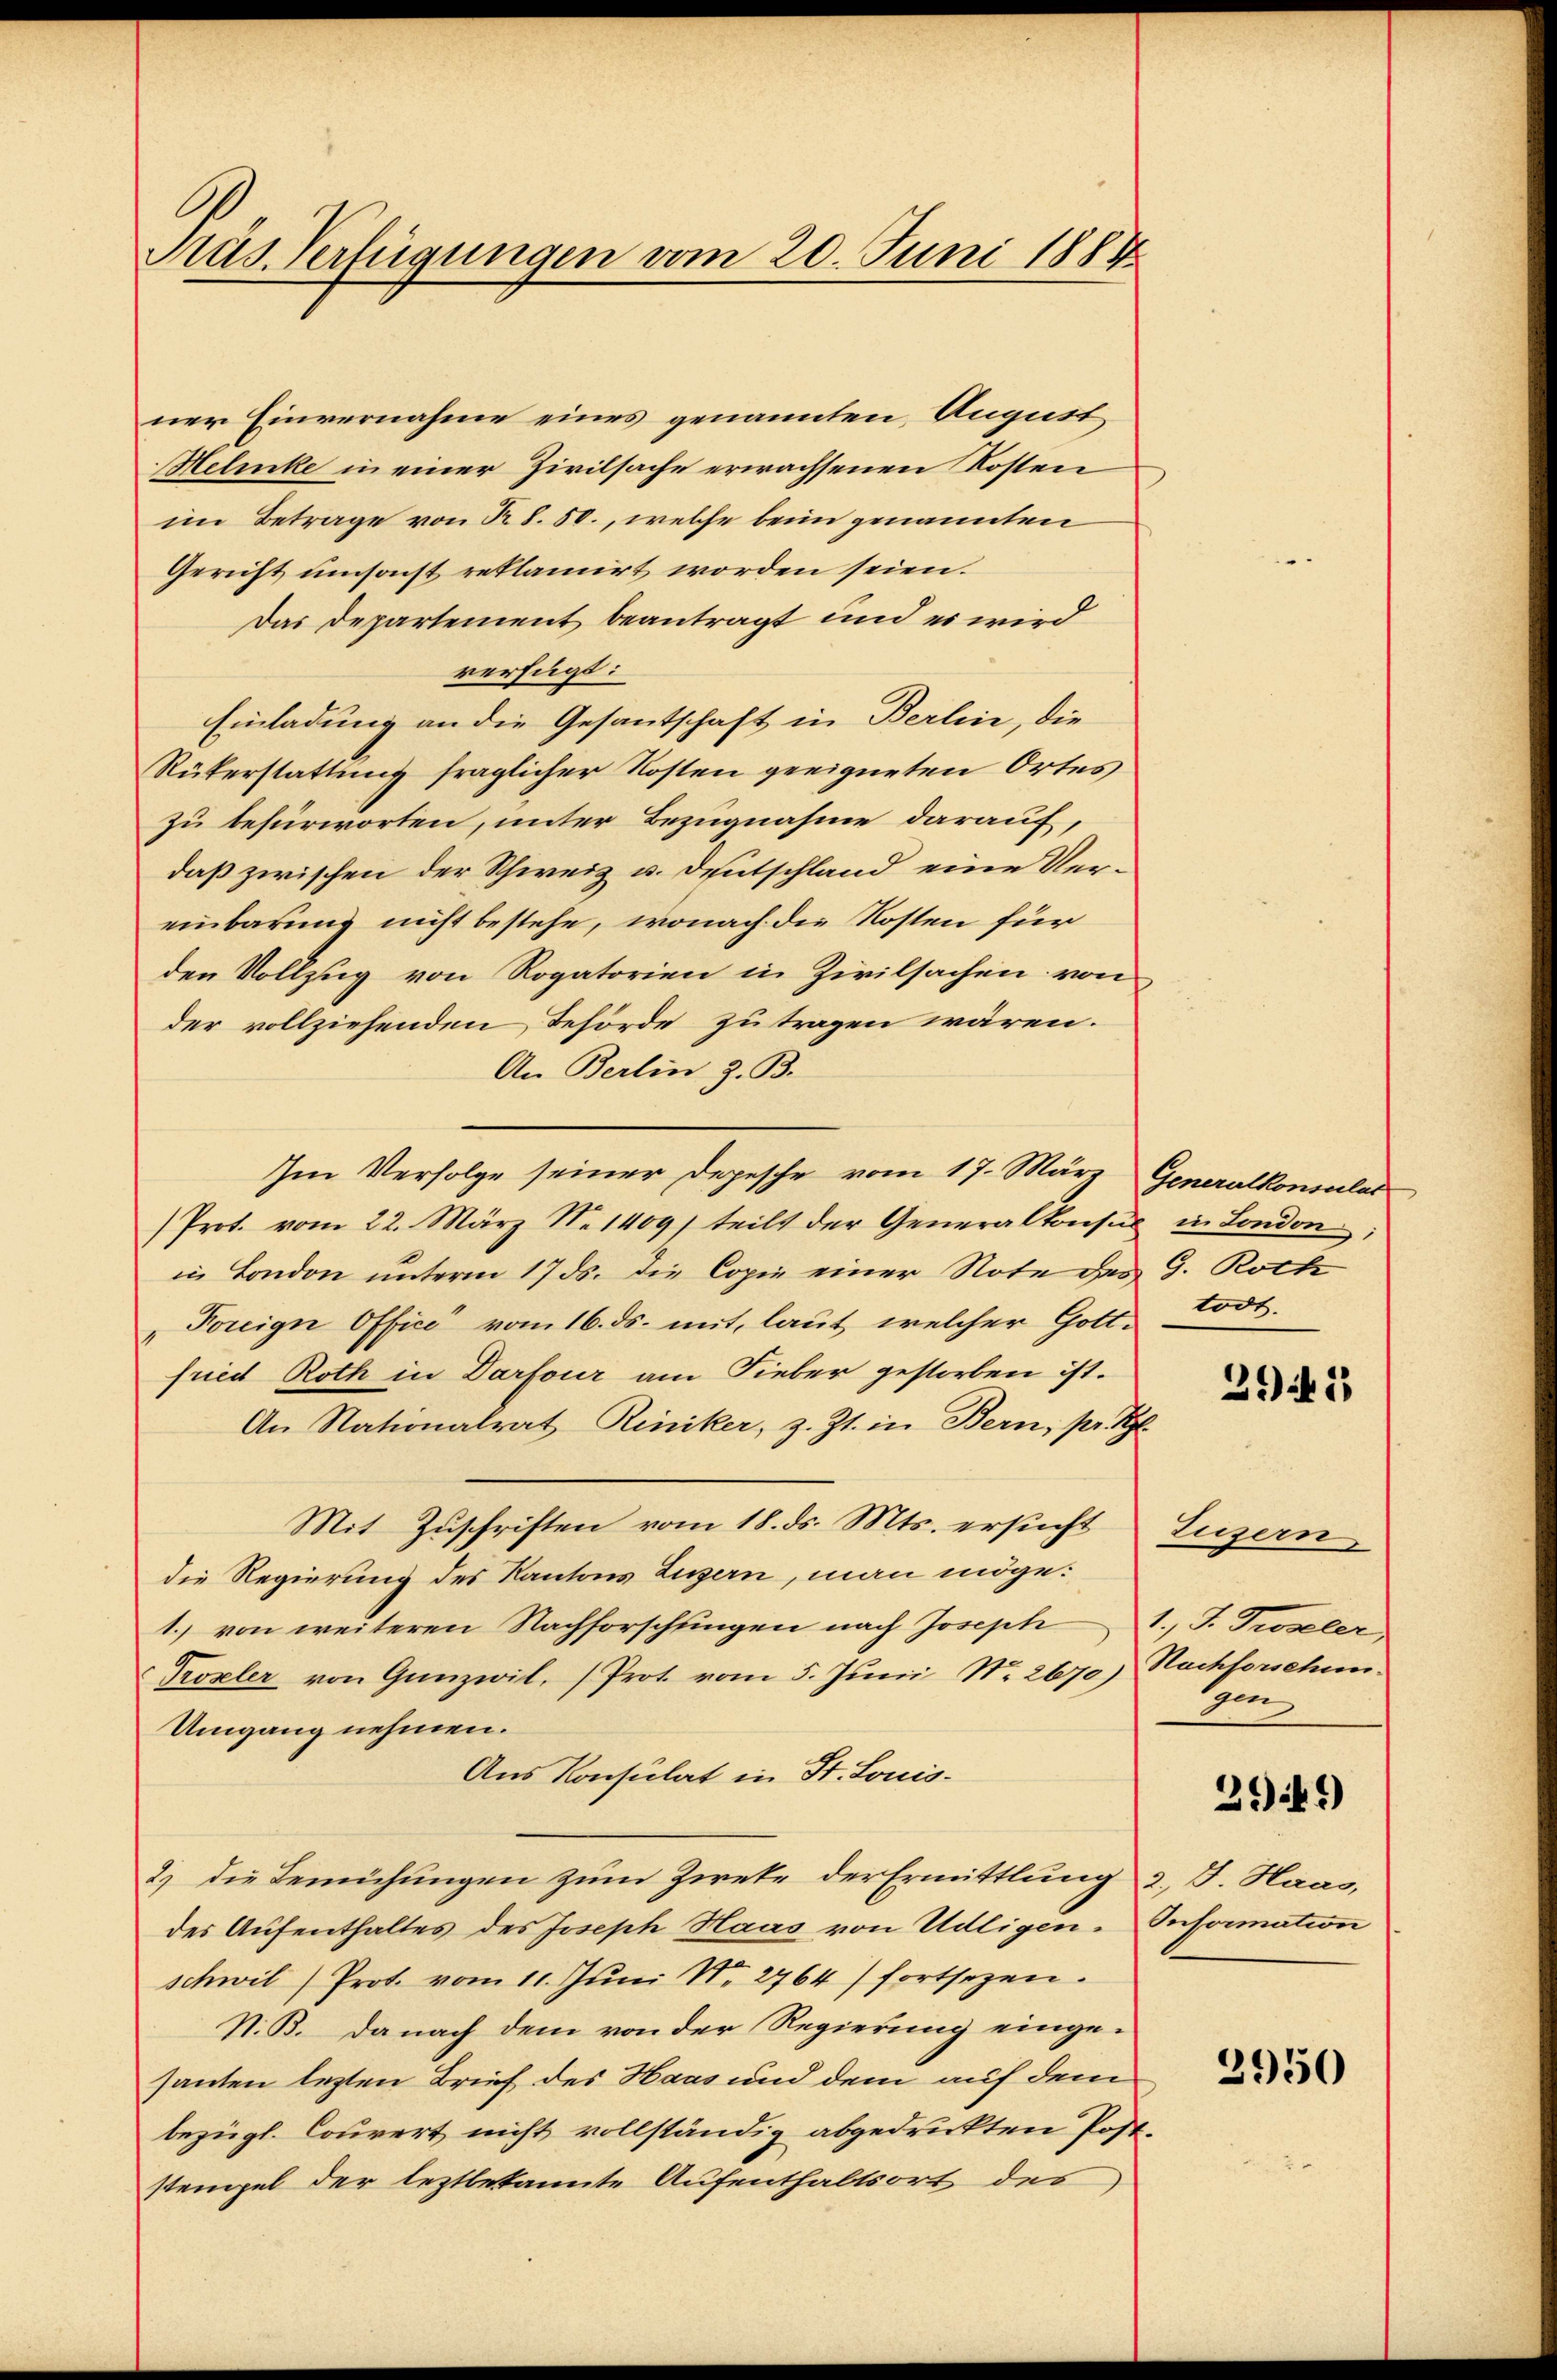
Pras Verfügungen vom 20. Juni 1884

ner Einvernahme eines genannten August
Helenke in einer Zivilsache erwachsenen Kosten
im Betrage von R. 8. 50., welche beim genannten
Gericht umsonst reklamirt worden seien.
Das Departement beantragt und es wird
verfügt:
Einladung an die Gesantschaft in Berlin, die
Rükerstattung fraglicher Kosten geeigneten Ortes
zu befürworten, unter Bezugnahme darauf,
daß zwischen der Schweiz u. Deutschland eine Vereinbarung nicht bestehe, wonach die Kosten für
den Vollzug von Rogatorien in Zivilsachen von
der vollziehenden Behörde zu tragen wären.
An Berlin z. B.
Im Verfolge seiner Depesche vom 17. März, Generalkonsular
Prot. vom 22. März N. 1409) teilt der Generalkonsul in London
in London unterm 17 ds. die Copie einer Note des G. Roth
Foreign Offici vom 16. ds. mit, laut, welcher Gottfriedt Roth in Darfour am Fieber gestorben ist.
An Nationalrat-Riniker, z. Zt. in Bern, pr. Bl
Mit Zuschriften vom 18. ds. Mts. ersucht Luzern
die Regierung des Kantons Luzern, man möge:
1. von weiteren Nachforschfingen nach Joseph 1., T. Twseler,
Prozeler von Ganzwil, (Prot. vom 5. Jŭni No. 2670) Nachforschun-
Umgang nehmen.
Aus Konsulat in St. Louis-
2.) die Bemühungen zum Zweke der Ermittlung 2., J. Haas,
des Aufenthaltes des Joseph Haas von Udligen-Information
schwil) Prot. vom 11. Jŭni N. 2764) fortsetzen.
N. B. Danach dem von der Regierung eingesanten lezten Brief des Haas und dem auf dem
bezügl. Couvert nicht vollständig abgedruckten Post-
stempel der leztbekannte Aufenthaltsort des

todt.

394. 1

Am

2949)

3950